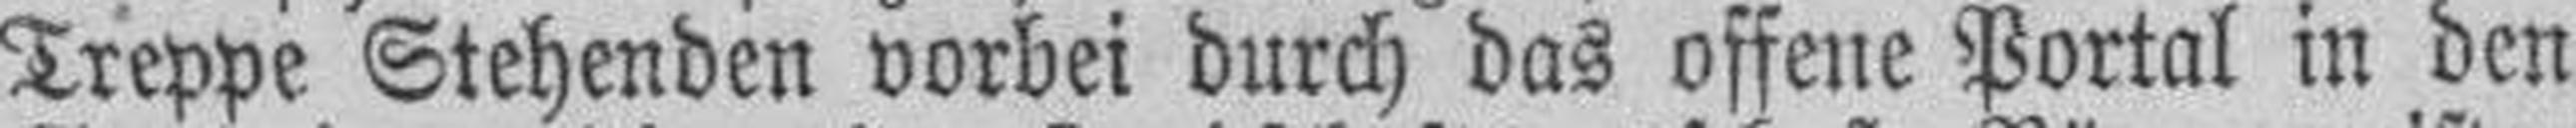
Treppe Stehenden vorbei durch das offene Portal in den